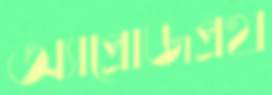
অ্যাপ্রোজপ্রথ